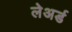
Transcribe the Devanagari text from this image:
लेअर्ड